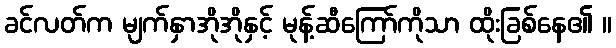
ခင်လတ်က မျက်နှာအိုအိုနှင့် မုန့်ဆီကြော်ကိုသာ ထိုးခြစ်နေ၏ ။